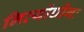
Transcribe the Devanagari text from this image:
नित्योद्योगः